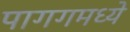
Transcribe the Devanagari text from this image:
पागगमध्ये